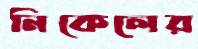
নিকেলের